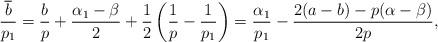
LaTeX: \begin{align*} \frac{\overline{b}}{p_1}=\frac{b}{p}+\frac{\alpha_1-\beta}{2}+\frac12\left(\frac1p-\frac1{p_1}\right)= \frac{\alpha_1}{p_1}-\frac{2(a-b)-p(\alpha-\beta)}{2p}, \end{align*}